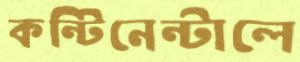
কন্টিনেন্টালে